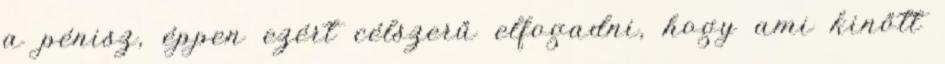
a pénisz, éppen ezért célszerű elfogadni, hogy ami kinőtt